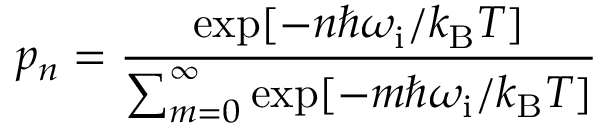
p _ { n } = \frac { \exp [ - n \hbar \omega _ { \mathrm { i } } / k _ { \mathrm { B } } T ] } { \sum _ { m = 0 } ^ { \infty } \exp [ - m \hbar \omega _ { \mathrm { i } } / k _ { \mathrm { B } } T ] }